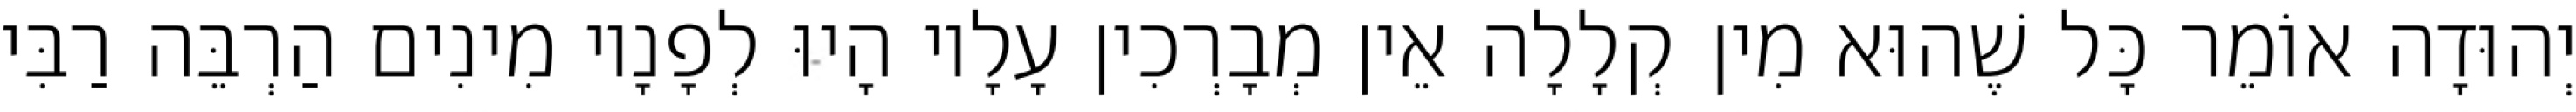
יְהוּדָה אוֹמֵר כָּל שֶׁהוּא מִין קְלָלָה אֵין מְבָרְכִין עָלָיו הָיוּ לְפָנָיו מִינִים הַרְבֵּה רַבִּי